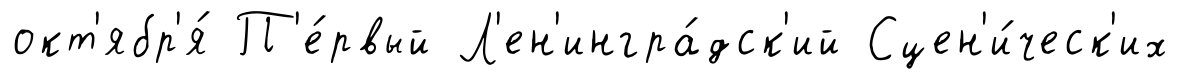
окт'ябр'я́ П'е́рвый Л'ен'ингра́дск'ий Сцен'и́ческ'их